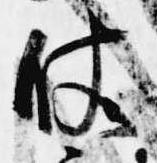
仗